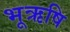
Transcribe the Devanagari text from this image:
भूऋषि